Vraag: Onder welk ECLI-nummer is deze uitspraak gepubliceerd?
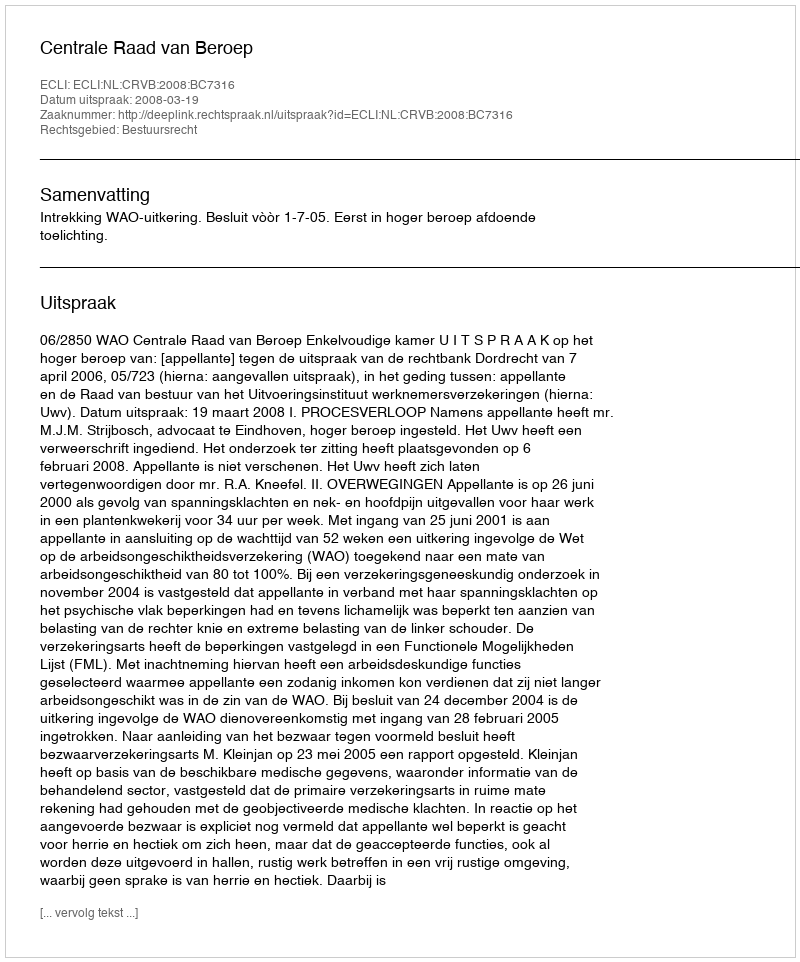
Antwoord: ECLI:NL:CRVB:2008:BC7316